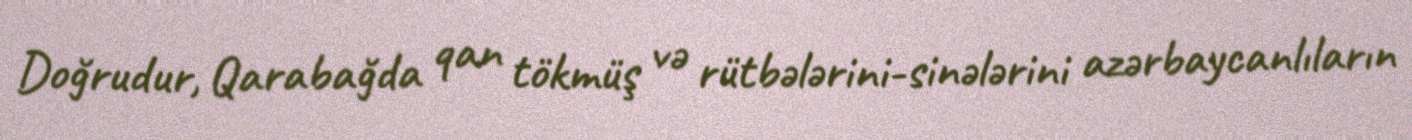
Doğrudur, Qarabağda qan tökmüş və rütbələrini-sinələrini azərbaycanlıların